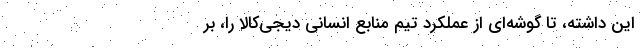
این داشته، تا گوشه‌ای از عملکرد تیم منابع انسانی دیجی‌کالا را، بر